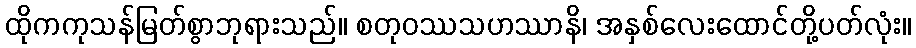
ထိုကကုသန်မြတ်စွာဘုရားသည်။ စတုဝဿသဟဿာနိ၊ အနှစ်လေးထောင်တို့ပတ်လုံး။